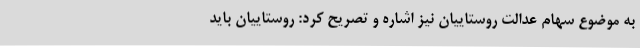
به موضوع سهام عدالت روستاییان نیز اشاره و تصریح کرد: روستاییان باید